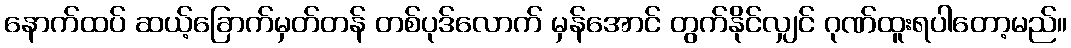
နောက်ထပ် ဆယ့်ခြောက်မှတ်တန် တစ်ပုဒ်လောက် မှန်အောင် တွက်နိုင်လျှင် ဂုဏ်ထူးရပါတော့မည်။